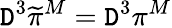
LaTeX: {\cal\mathtt{D}}^{3}\widetilde{{\pi}}^{M}={\cal\mathtt{D}}^{3}\pi^{M}